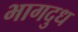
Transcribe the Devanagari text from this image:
भागदुध